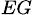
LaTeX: _{EG}